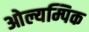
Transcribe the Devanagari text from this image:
ओल्यम्पिक